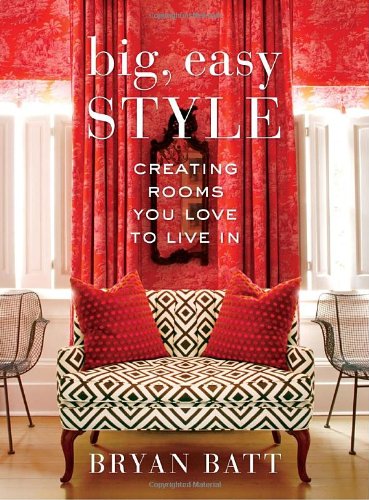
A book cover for Big, Easy Style: Creating Rooms You Love to Live In; Bryan Batt; Arts & Photography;